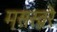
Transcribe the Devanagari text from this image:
मसख़रे